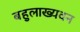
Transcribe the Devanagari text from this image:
बहुलाख्यवन